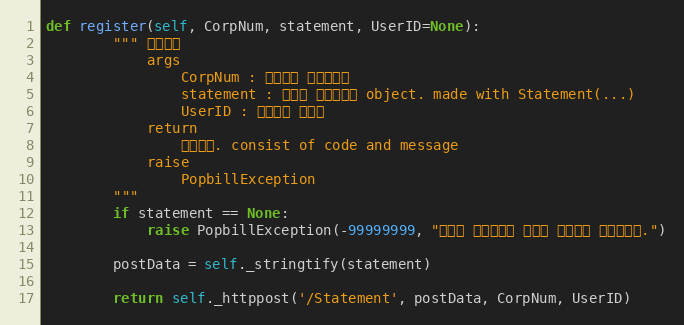
Language: Python
def register(self, CorpNum, statement, UserID=None):
        """ 임시저장
            args
                CorpNum : 팝빌회원 사업자번호
                statement : 등록할 전자명세서 object. made with Statement(...)
                UserID : 팝빌회원 아이디
            return
                처리결과. consist of code and message
            raise
                PopbillException
        """
        if statement == None:
            raise PopbillException(-99999999, "등록할 전자명세서 정보가 입력되지 않았습니다.")

        postData = self._stringtify(statement)

        return self._httppost('/Statement', postData, CorpNum, UserID)